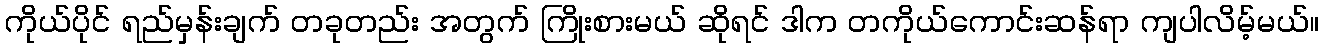
ကိုယ်ပိုင် ရည်မှန်းချက် တခုတည်း အတွက် ကြိုးစားမယ် ဆိုရင် ဒါက တကိုယ်ကောင်းဆန်ရာ ကျပါလိမ့်မယ်။